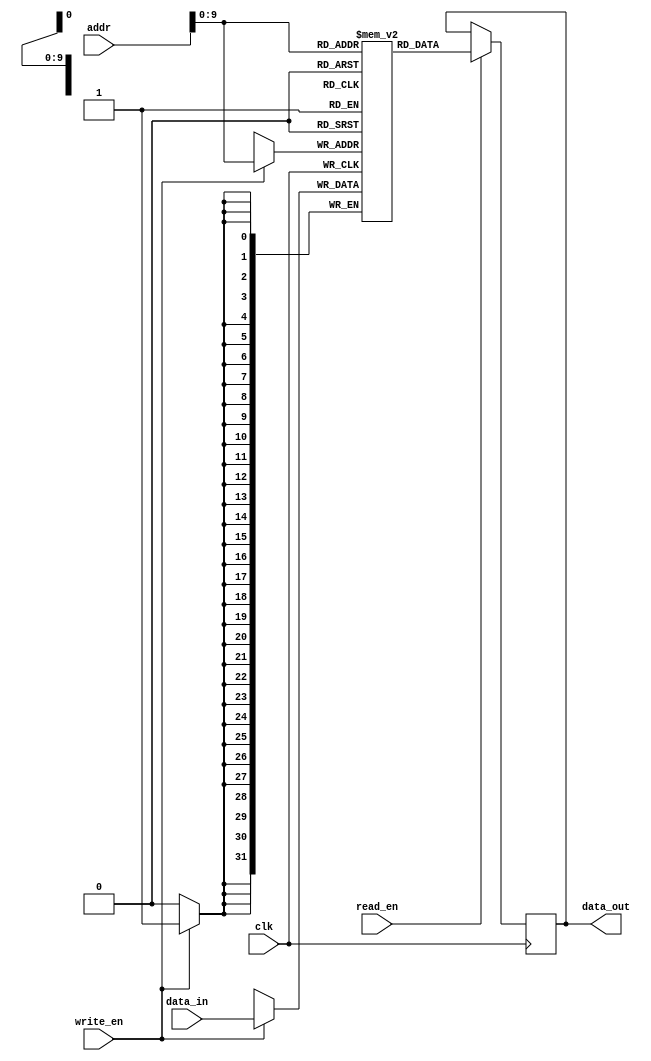
module DRAM (
    input wire clk,
    input wire [31:0] addr,
    input wire [31:0] data_in,
    output reg [31:0] data_out,
    input wire read_en,
    input wire write_en
);

reg [31:0] memory [0:1023]; // Define memory block with 1024 memory locations

always @ (posedge clk) begin
    if (write_en) begin
        memory[addr] <= data_in; // Write data to specified memory location
    end

    if (read_en) begin
        data_out <= memory[addr]; // Read data from specified memory location
    end
end

endmodule